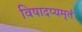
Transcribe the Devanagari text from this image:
विषादप्यमृतं